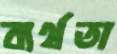
ব্যর্থতা